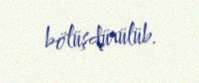
bölüşdürülüb.